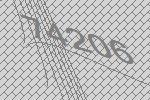
74206